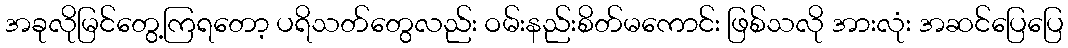
အခုလိုမြင်တွေ့ကြရတော့ ပရိသတ်တွေလည်း ဝမ်းနည်းစိတ်မကောင်း ဖြစ်သလို အားလုံး အဆင်ပြေပြေ